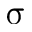
\upsigma